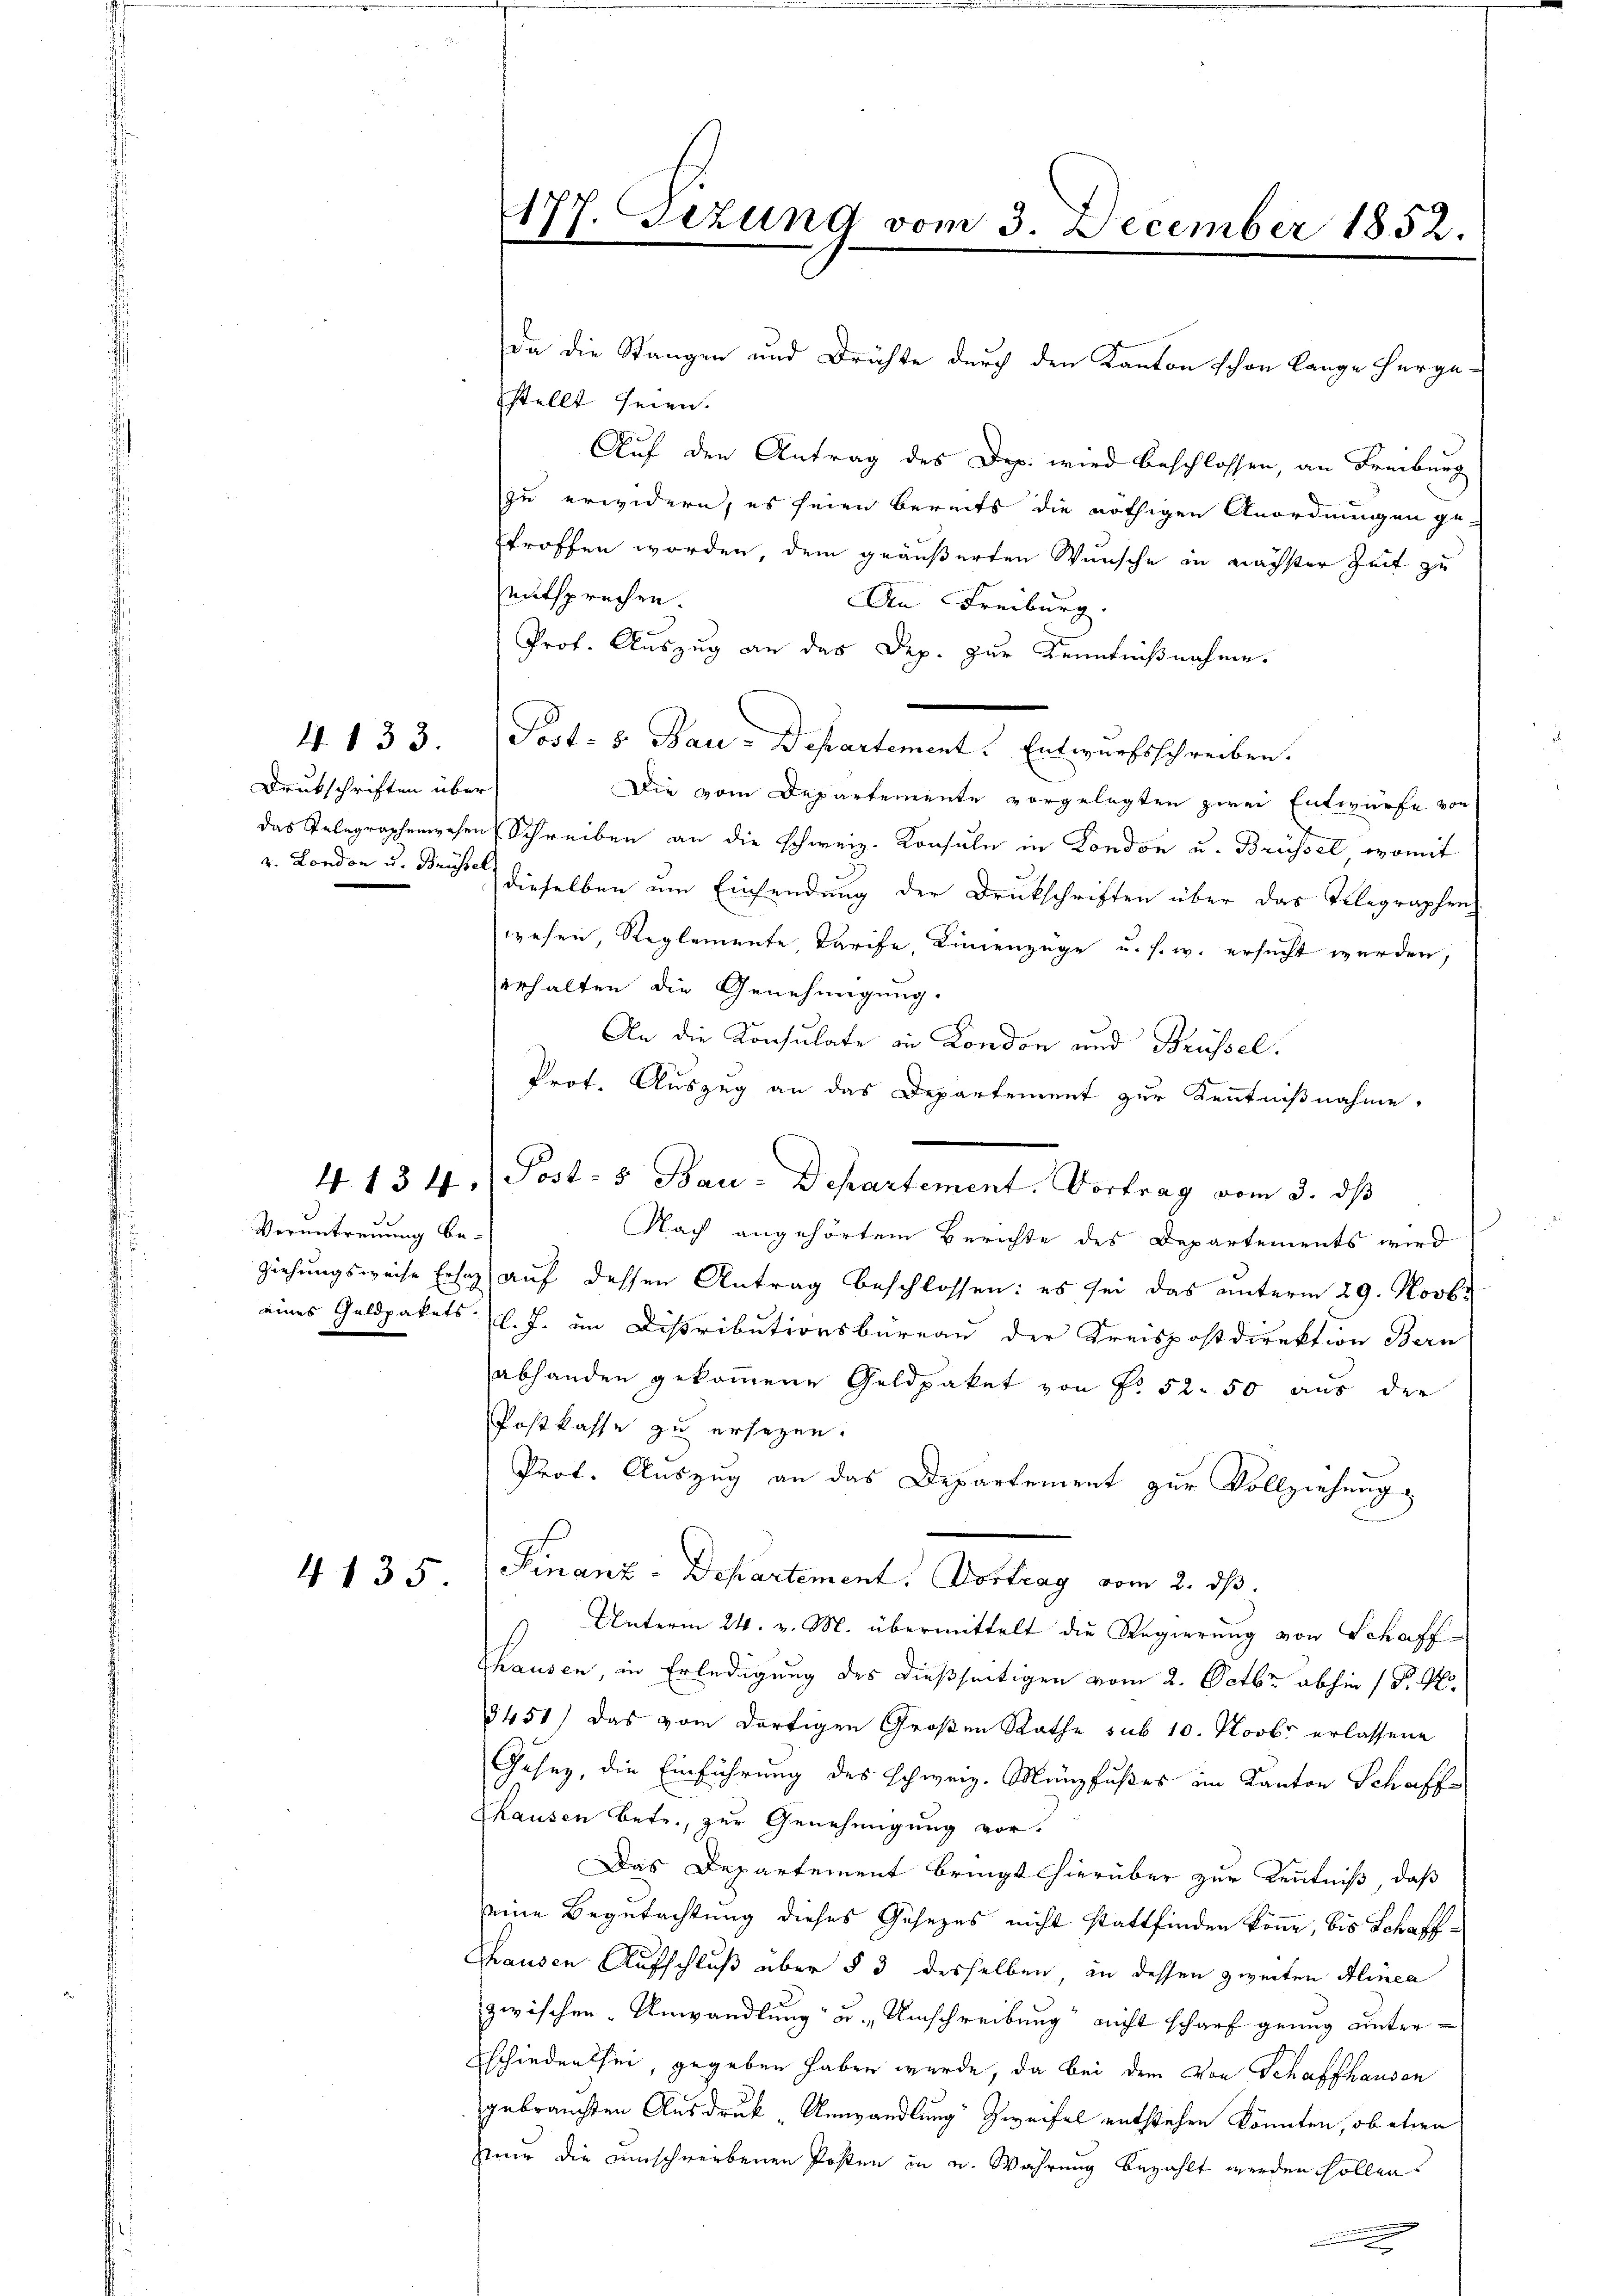
Drukschriften über

4 133.

Veruntreuung be¬

4135

177. Jezung vom 3. December 1852.

da die Stangen und Drüchte durch den Kanton schon lange herge-
stellt seien.
Auf den Antrag des Dep. wird beschlossen, an Freiburg
zu erwidern, es seien bereits die nöthigen Anordnungen ge-
troffen worden dem geäußerten Wunsche in nächster Zeit zu
entsprechen.
An Freiburg.
Prot. Auszug an das Dep. zur Kenntnißnahme.
Post- 5. Bau-Departement. Entwurfsschreiben.
Die vom Departemente vorgelegten zwei Entwürfe von
das Telegraphenwesen Schreiben an die Schweiz. Konsuln in London u. Brüssel, womit
London u. Brust dieselben um Einsendung der Drukschriften über das Telegraphen
wesen, Reglemente, Tarife, Linienzüge u. s. w. ersucht werden,
erhalten die Genehmigung.
An die Konsulate in London und Brüssel.
Prot. Auszug an das Departement zur Kenntnißnahme.
4. 134. (Post- & Bau-Departement. Vortrag vom 3. dβ
Nach angehörtem Berichte des Departements wird
ziehungsweise Ersatz auf dessen Antrag beschlossen: es sei das unterm 29. Novbr
eines Geldpakets l. J. im Distributionsbüreau der Kreispostdirektion Bern
abhanden gekommene Geldpaket von No 52. 50 aus der
Postkasse zu ersetzen.
Prot. Auszug an das Departement zur Vollziehung
Finanz-Departement. Vortrag vom 2. ds.
Unterm 24. v. M. übermittelt die Regierung von Schaff-
Thausen, in Erledigung des dießseitigen vom 2. Octbr. abhin 1 P. G.
3451) das vom dortigen Großen Rathe sub 10. Novbr erlassene
Gesez, die Einführung des schweiz. Münzfußes im Kanton Schaff¬
Chausen betr., zur Genehmigung vor.
Das Departement bringtshierüber zur Kenntniß, daß
eine Begutachtung dieses Gesezes nicht stattfinden könne, bis Schaff¬
Thausen Aufschluß über § 3 desselben, in dessen zweiten Alinea
zwischen Unwandlung u. Umschreibung nicht scharf genug unter¬
Eschieden sei, gegeben haben wurde, da bei dem von Schaffhausen
gebrauchten Ausdruck, Umwandlung Zweifel entstehen könnten, ob etwa
zur die einschwerbenen Posten in u. Wahrung bezahlt werden sollen.
.